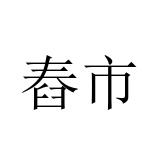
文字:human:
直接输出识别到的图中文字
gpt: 舂市